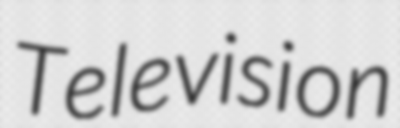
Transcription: Television